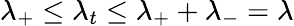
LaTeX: \lambda_{+}\leq\lambda_{t}\leq\lambda_{+}+\lambda_{-}=\lambda